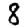
Digit: 8